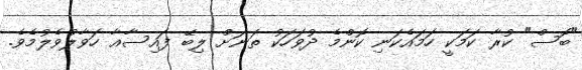
"ބޮސް" ކުރާ ކަމަކީ ހަމައެކަނި ކޮންމެ ދުވަހަކު ތަނަށް ލިބޭ ފައިސާއާާ ހަވާލުވެލުމެވެ.